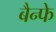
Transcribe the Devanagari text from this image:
बैन्फे